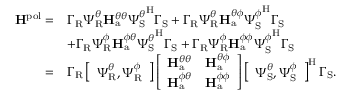
\begin{array} { r l } { \mathbf { H } ^ { \mathrm { p o l } } = } & { \boldsymbol { \Gamma } _ { \mathrm { R } } \boldsymbol { \Psi } _ { \mathrm { R } } ^ { \theta } { \mathbf { H } } _ { \mathrm { a } } ^ { \theta \theta } { \boldsymbol { \Psi } _ { \mathrm { S } } ^ { \theta } } ^ { \mathrm { H } } \boldsymbol { \Gamma } _ { \mathrm { S } } + \boldsymbol { \Gamma } _ { \mathrm { R } } \boldsymbol { \Psi } _ { \mathrm { R } } ^ { \theta } { \mathbf { H } } _ { \mathrm { a } } ^ { \theta \phi } { \boldsymbol { \Psi } _ { \mathrm { S } } ^ { \phi } } ^ { \mathrm { H } } \boldsymbol { \Gamma } _ { \mathrm { S } } } \\ & { + \boldsymbol { \Gamma } _ { \mathrm { R } } \boldsymbol { \Psi } _ { \mathrm { R } } ^ { \phi } { \mathbf { H } } _ { \mathrm { a } } ^ { \phi \theta } { \boldsymbol { \Psi } _ { \mathrm { S } } ^ { \theta } } ^ { \mathrm { H } } \boldsymbol { \Gamma } _ { \mathrm { S } } + \boldsymbol { \Gamma } _ { \mathrm { R } } \boldsymbol { \Psi } _ { \mathrm { R } } ^ { \phi } { \mathbf { H } } _ { \mathrm { a } } ^ { \phi \phi } { \boldsymbol { \Psi } _ { \mathrm { S } } ^ { \phi } } ^ { \mathrm { H } } \boldsymbol { \Gamma } _ { \mathrm { S } } } \\ { = } & { \boldsymbol { \Gamma } _ { \mathrm { R } } \left[ \begin{array} { l } { \boldsymbol { \Psi } _ { \mathrm { R } } ^ { \theta } , \boldsymbol { \Psi } _ { \mathrm { R } } ^ { \phi } } \end{array} \right] \left[ \begin{array} { l l } { \mathbf { H } _ { \mathrm { a } } ^ { \theta \theta } } & { \mathbf { H } _ { \mathrm { a } } ^ { \theta \phi } } \\ { \mathbf { H } _ { \mathrm { a } } ^ { \phi \theta } } & { \mathbf { H } _ { \mathrm { a } } ^ { \phi \phi } } \end{array} \right] \left[ \begin{array} { l } { \boldsymbol { \Psi } _ { \mathrm { S } } ^ { \theta } , \boldsymbol { \Psi } _ { \mathrm { S } } ^ { \phi } } \end{array} \right] ^ { \mathrm { H } } \boldsymbol { \Gamma } _ { \mathrm { S } } . } \end{array}